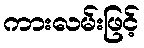
ကားလမ်းဖြင့်